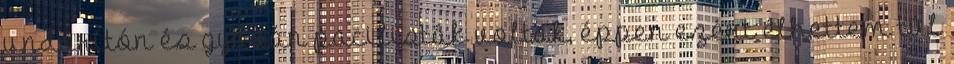
undorítón és gyáván pacifisták voltak, éppen ezért élhettem túl